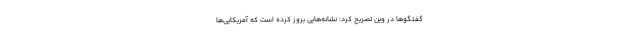
گفتگو‌ها در وین تصریح کرد: نشانه‌هایی بروز کرده است که آمریکایی‌ها